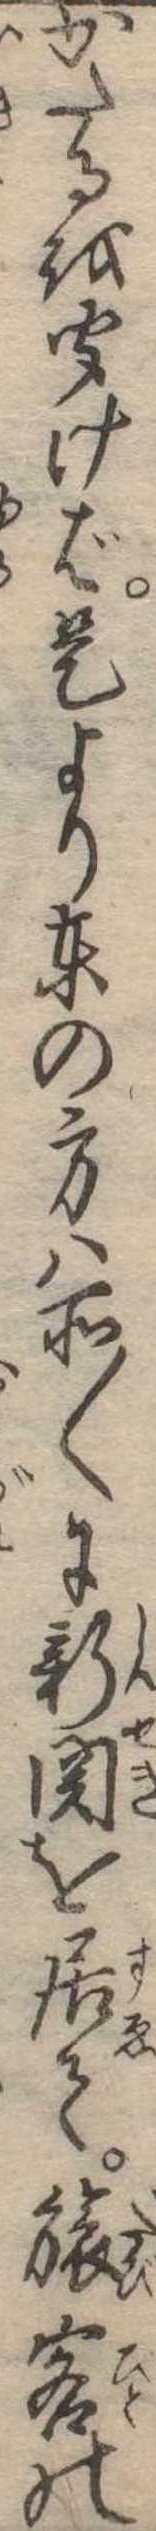
かたるを聞けば是より東の方は所〱に新関を居て旅客の